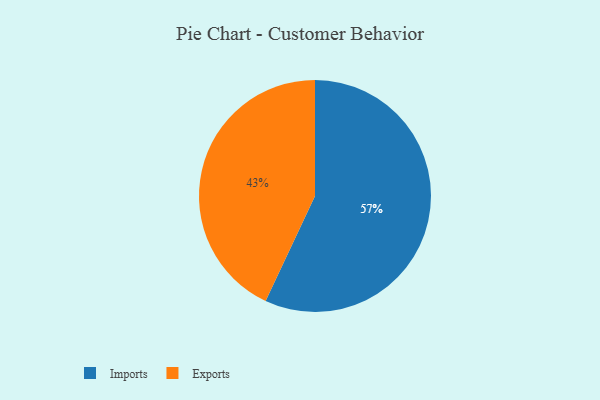
{"axis": {"x": "Category", "y": "Percentage"}, "legend": ["Exports", "Imports"], "data": [{"x": "Imports", "y": 57, "type": "Imports"}, {"x": "Exports", "y": 43, "type": "Exports"}]}